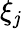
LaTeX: \xi_{\mathit{j}}